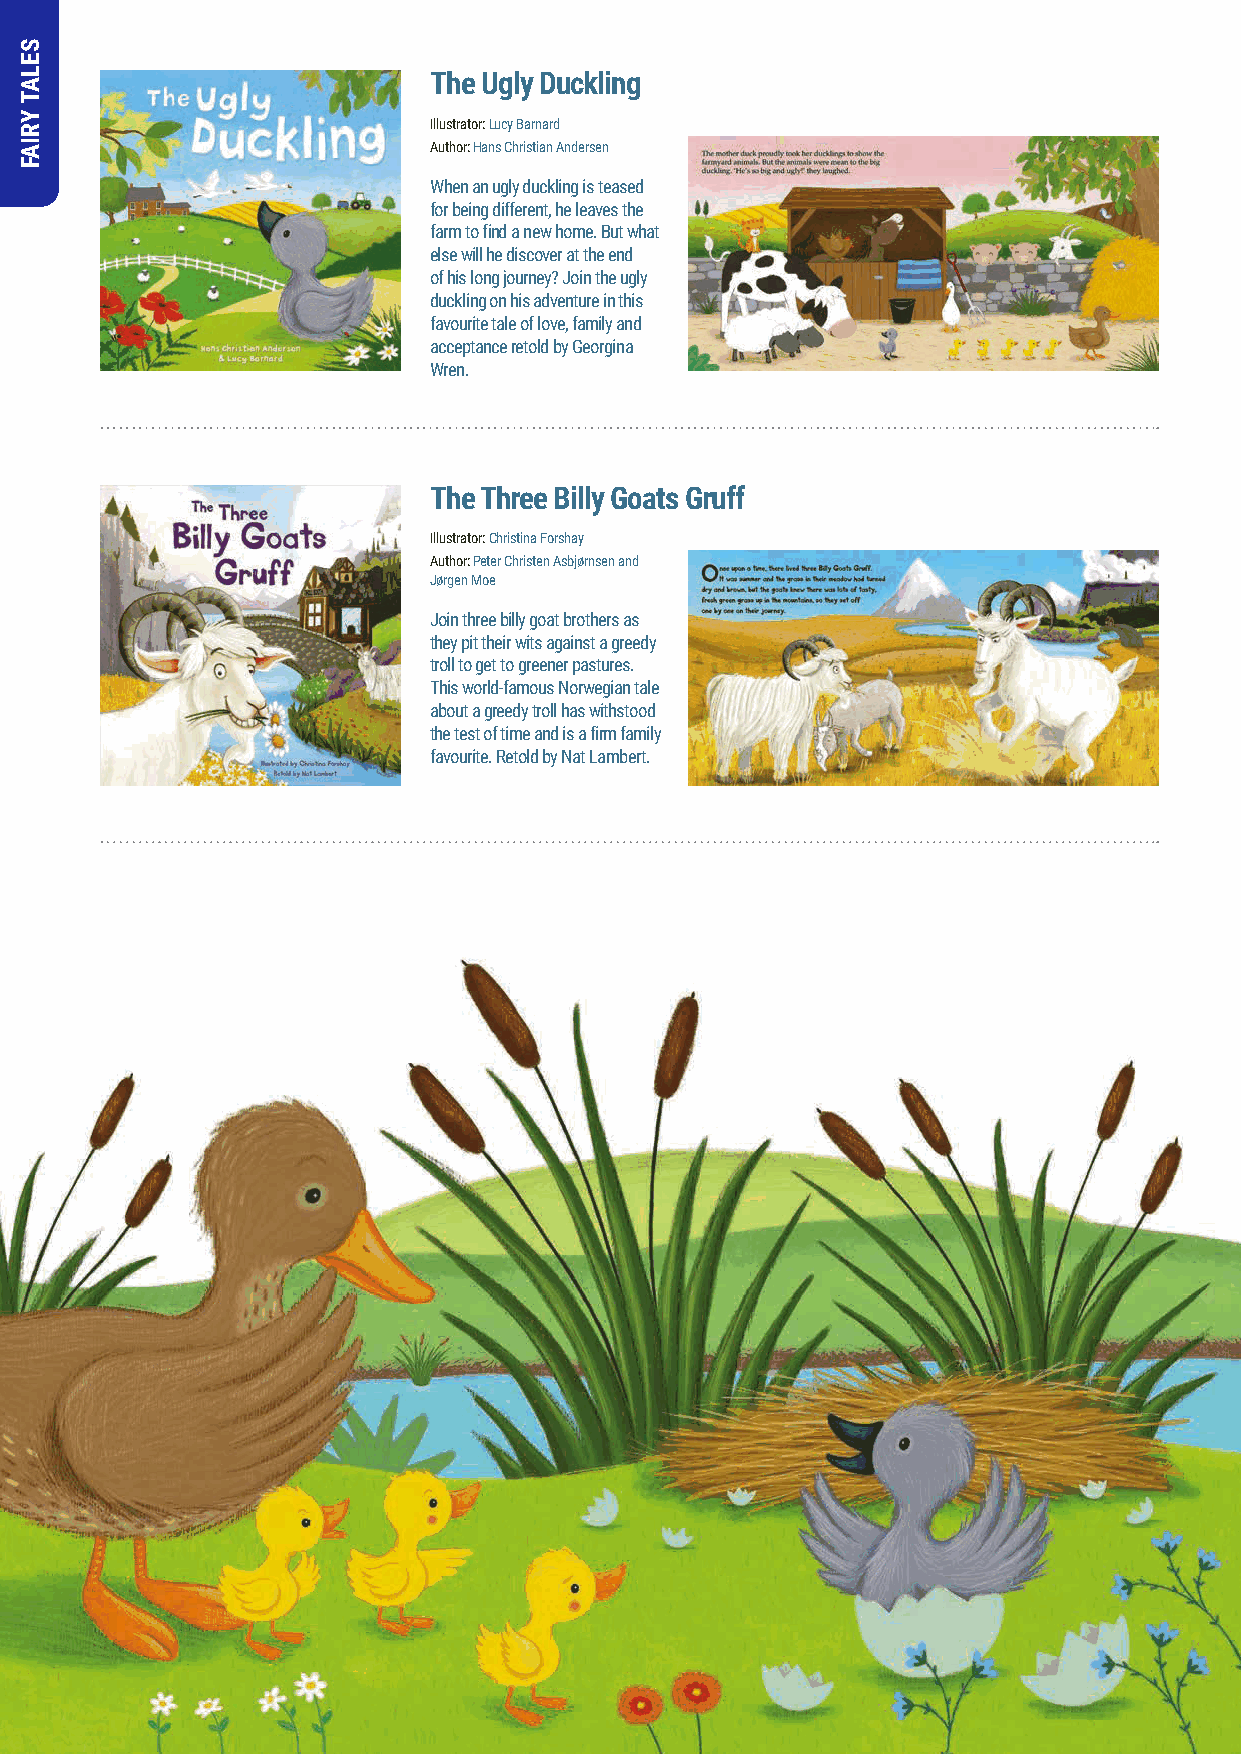
The Ugly Duckling
 Illustrator: Lucy Barnard
 Author: Hans Christian Andersen
 When an ugly duckling is teased
 for being different, he leaves the
 farm to find a new home. But what
 else will he discover at the end
 of his long journey? Join the ugly
 duckling on his adventure in this
 favourite tale of love, family and
 acceptance retold by Georgina
 Wren.
 The Three Billy Goats Gruff
 Illustrator: Christina Forshay
 Author: Peter Christen Asbjørnsen and
 Jørgen Moe
 Join three billy goat brothers as
 they pit their wits against a greedy
 troll to get to greener pastures.
 This world-famous Norwegian tale
 about a greedy troll has withstood
 the test of time and is a firm family
 favourite. Retold by Nat Lambert.
 43
 SELAT
 YRIAF